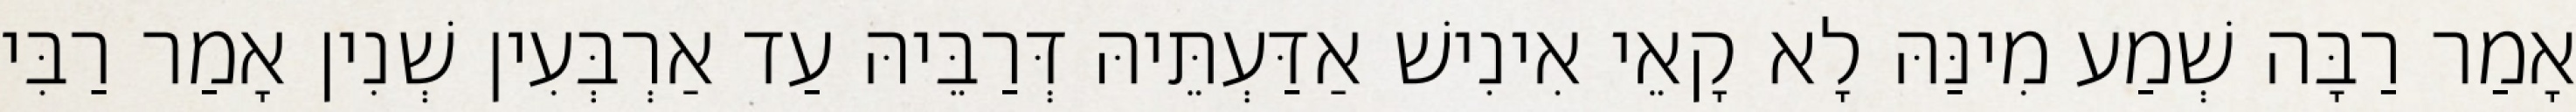
אָמַר רַבָּה שְׁמַע מִינַּהּ לָא קָאֵי אִינִישׁ אַדַּעְתֵּיהּ דְּרַבֵּיהּ עַד אַרְבְּעִין שְׁנִין אָמַר רַבִּי